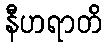
နီဟရာတိ